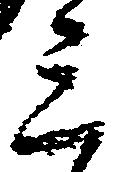
三